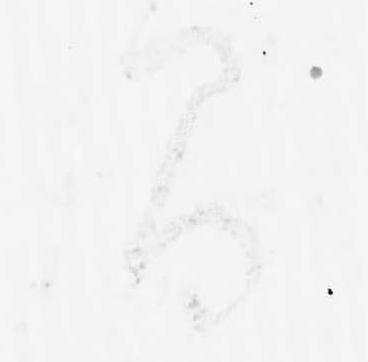
間